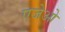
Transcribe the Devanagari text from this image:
एजेओ